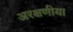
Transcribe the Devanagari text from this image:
अरक्षणीया